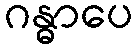
ဂန္ဓာပေ